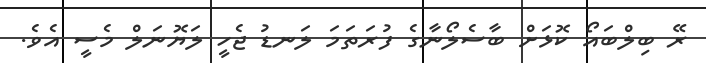
ރޭ ބިލްބައޯ ކޮޅަށް ބާސެލޯނާގެ ފުރަތަމަ ލަނޑު ޖެހީ ލަޔޮނަލް މެސީ އެވެ.